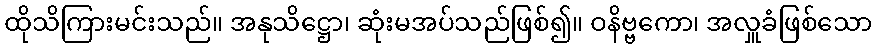
ထိုသိကြားမင်းသည်။ အနုသိဋ္ဌော၊ ဆုံးမအပ်သည်ဖြစ်၍။ ဝနိဗ္ဗကော၊ အလှူခံဖြစ်သော